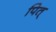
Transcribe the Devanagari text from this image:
पित्